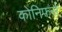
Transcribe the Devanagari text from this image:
कोनिफर्स